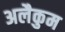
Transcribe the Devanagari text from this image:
अलैकुम